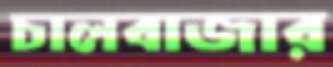
চালবাজার